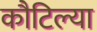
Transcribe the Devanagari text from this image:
कौटिल्या